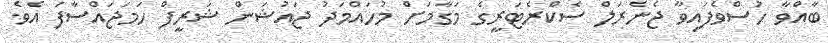
ބާއްވާ ހުސްވެފައިވާ ޖެނެރަލް ސެކްރެޓަރީގެ މަގާމަށް މުހައްމަދު ޖައުޝަން ޝަރީފް ހަމަޖައްސާފަ އެވެ.